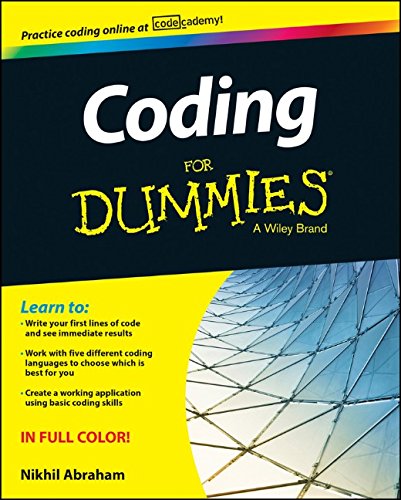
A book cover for Coding For Dummies (For Dummies (Computers)); Nikhil Abraham; Computers & Technology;